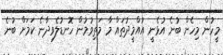
މީހުން މިހެން ބުނެ އުޅެނީ އުއްމީދުތައް މާ މަތިވުމުން ހޮނޑުލެވިދާނެ ކަމަށް ބުނެ